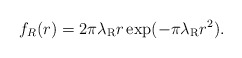
\begin{align*} f_R(r) = 2 \pi \lambda_\textrm{R} r \exp(-\pi \lambda_\textrm{R} r^2).\end{align*}